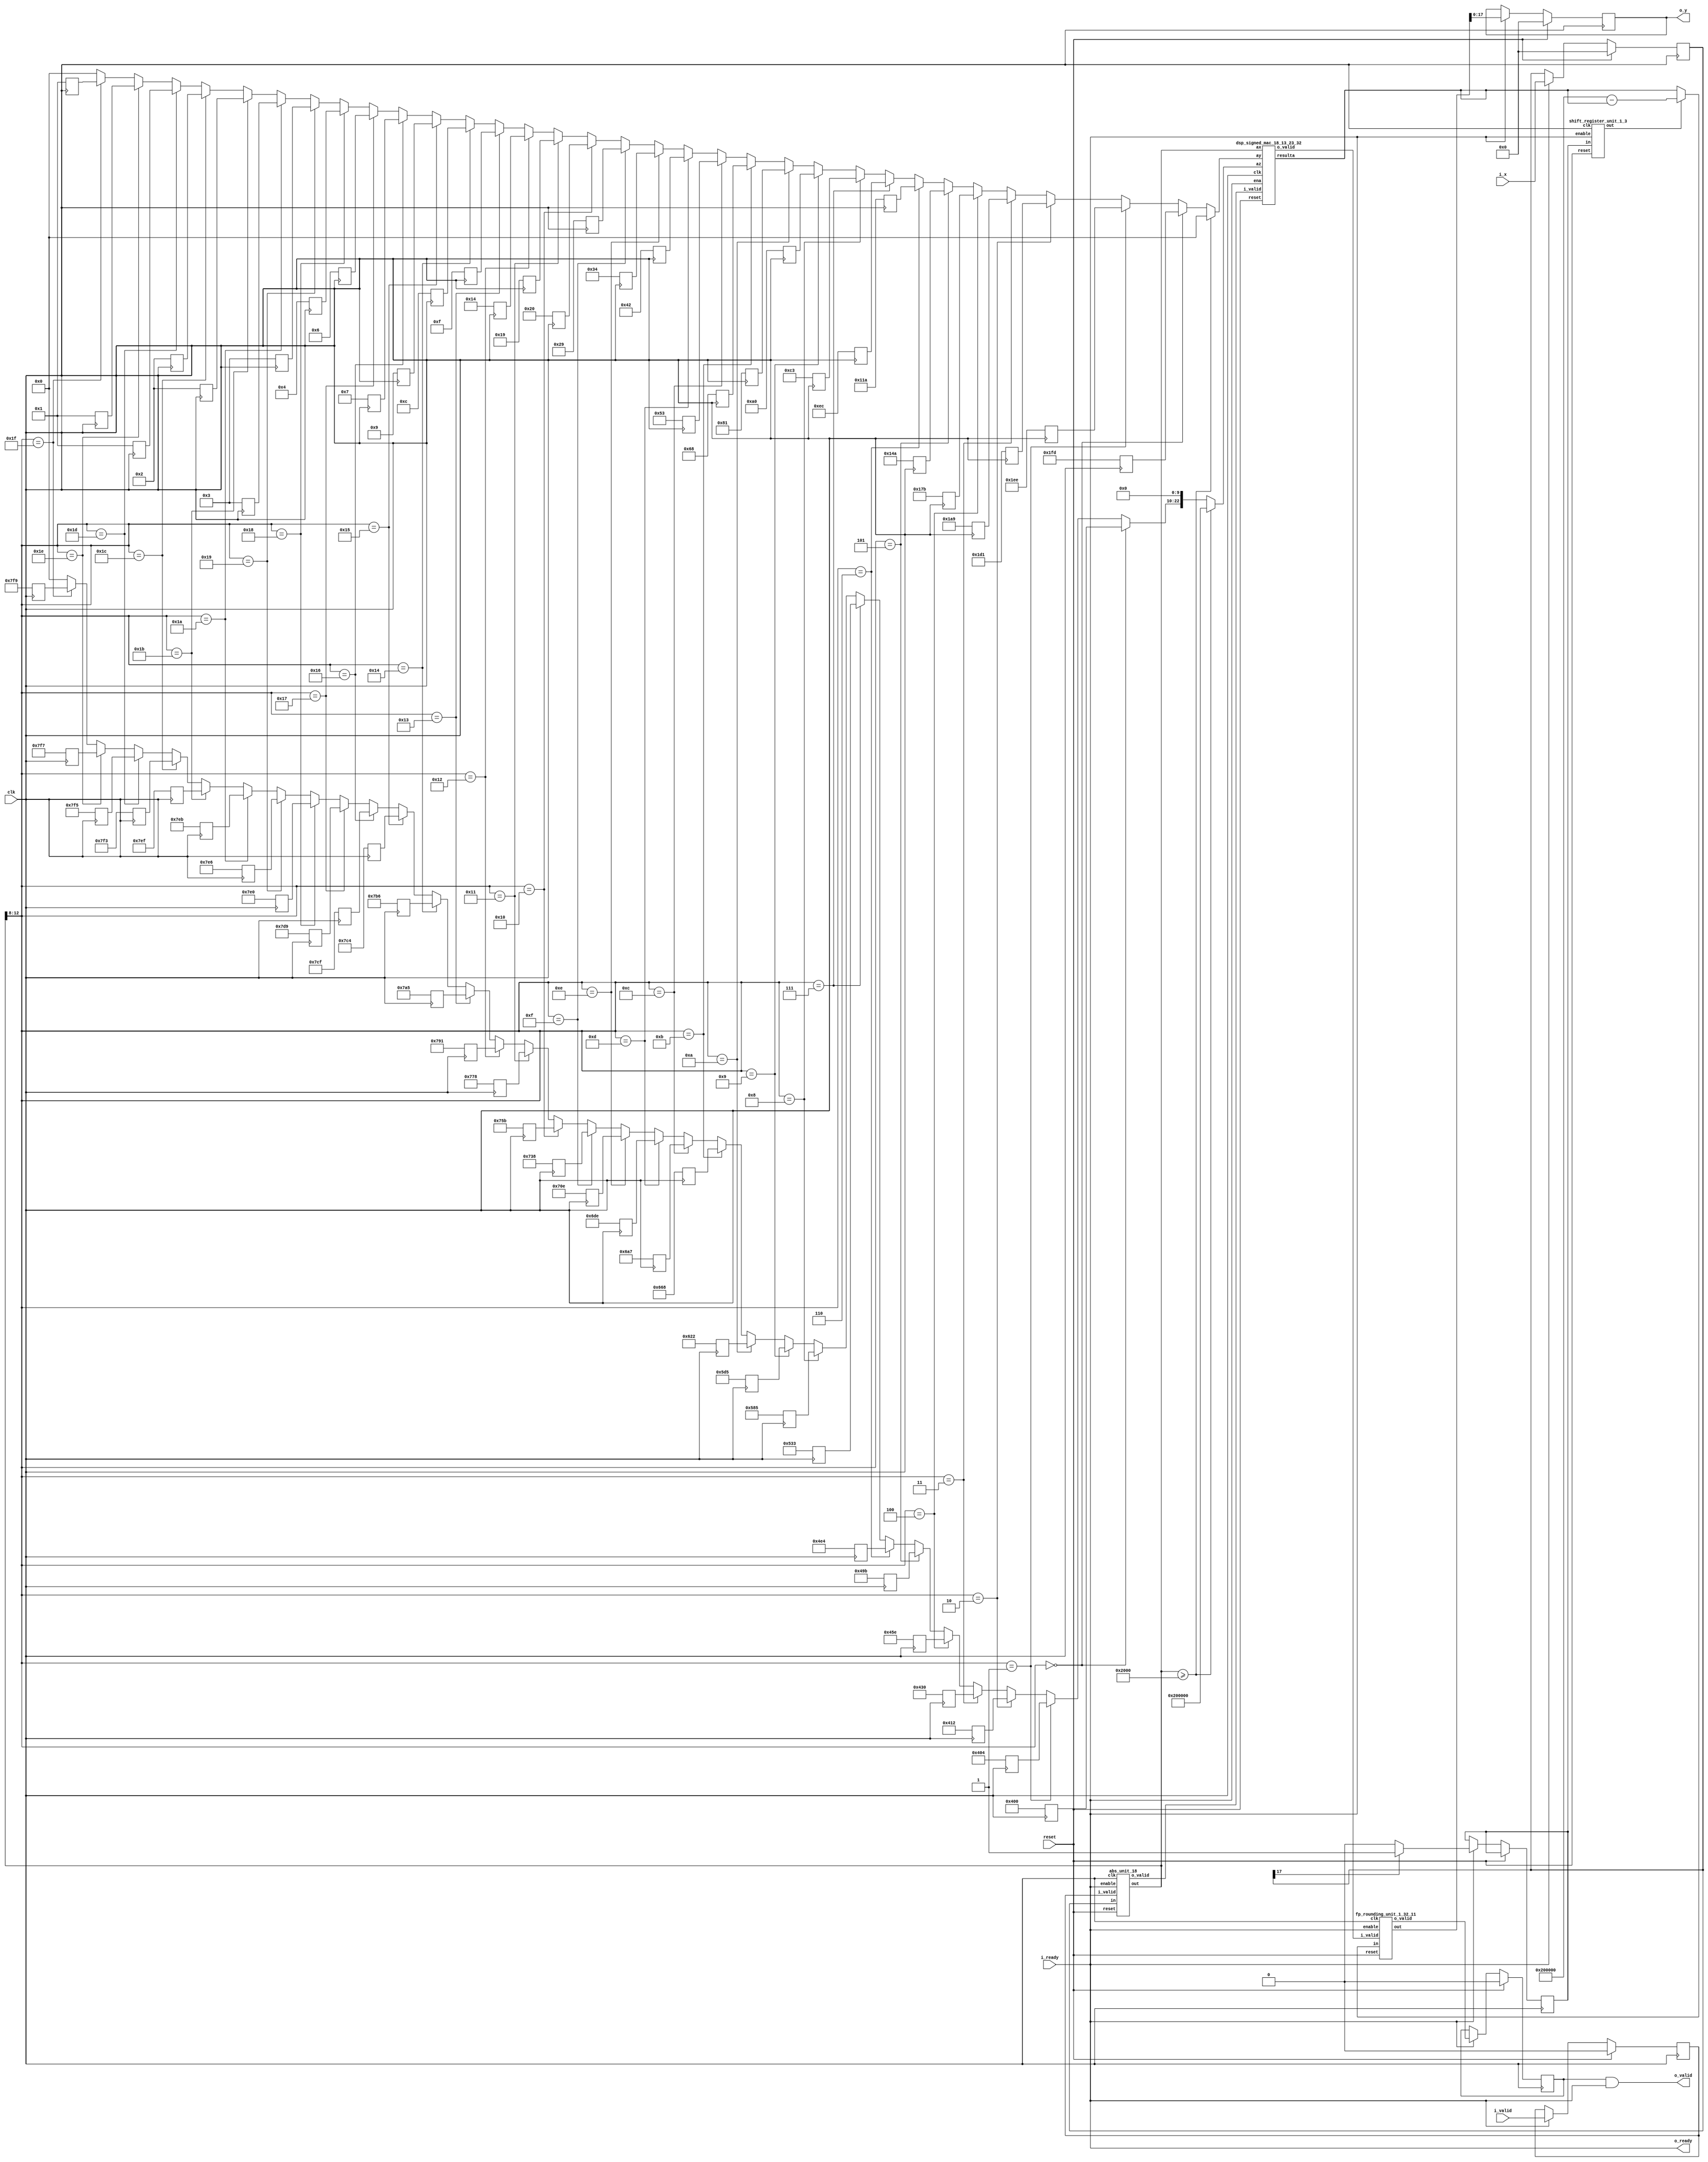
`define SIMULATION_MEMORY

module sigmoid_core_18_18_10_32_1 ( 
	input clk,
	input reset,
	input i_valid,
	input i_ready,
	output o_ready,
	output o_valid,
	input [17:0] i_x,
	output [17:0] o_y
);

reg [12:0] k_list_0;
reg [12:0] b_list_0;
reg [12:0] k_list_1;
reg [12:0] b_list_1;
reg [12:0] k_list_2;
reg [12:0] b_list_2;
reg [12:0] k_list_3;
reg [12:0] b_list_3;
reg [12:0] k_list_4;
reg [12:0] b_list_4;
reg [12:0] k_list_5;
reg [12:0] b_list_5;
reg [12:0] k_list_6;
reg [12:0] b_list_6;
reg [12:0] k_list_7;
reg [12:0] b_list_7;
reg [12:0] k_list_8;
reg [12:0] b_list_8;
reg [12:0] k_list_9;
reg [12:0] b_list_9;
reg [12:0] k_list_10;
reg [12:0] b_list_10;
reg [12:0] k_list_11;
reg [12:0] b_list_11;
reg [12:0] k_list_12;
reg [12:0] b_list_12;
reg [12:0] k_list_13;
reg [12:0] b_list_13;
reg [12:0] k_list_14;
reg [12:0] b_list_14;
reg [12:0] k_list_15;
reg [12:0] b_list_15;
reg [12:0] k_list_16;
reg [12:0] b_list_16;
reg [12:0] k_list_17;
reg [12:0] b_list_17;
reg [12:0] k_list_18;
reg [12:0] b_list_18;
reg [12:0] k_list_19;
reg [12:0] b_list_19;
reg [12:0] k_list_20;
reg [12:0] b_list_20;
reg [12:0] k_list_21;
reg [12:0] b_list_21;
reg [12:0] k_list_22;
reg [12:0] b_list_22;
reg [12:0] k_list_23;
reg [12:0] b_list_23;
reg [12:0] k_list_24;
reg [12:0] b_list_24;
reg [12:0] k_list_25;
reg [12:0] b_list_25;
reg [12:0] k_list_26;
reg [12:0] b_list_26;
reg [12:0] k_list_27;
reg [12:0] b_list_27;
reg [12:0] k_list_28;
reg [12:0] b_list_28;
reg [12:0] k_list_29;
reg [12:0] b_list_29;
reg [12:0] k_list_30;
reg [12:0] b_list_30;
reg [12:0] k_list_31;
reg [12:0] b_list_31;

always @ (posedge clk) begin
	k_list_0  <= 13'b0000111111101;
	k_list_1  <= 13'b0000111101110;
	k_list_2  <= 13'b0000111010001;
	k_list_3  <= 13'b0000110101001;
	k_list_4  <= 13'b0000101111011;
	k_list_5  <= 13'b0000101001010;
	k_list_6  <= 13'b0000100011010;
	k_list_7  <= 13'b0000011101100;
	k_list_8  <= 13'b0000011000011;
	k_list_9  <= 13'b0000010100000;
	k_list_10 <= 13'b0000010000001;
	k_list_11 <= 13'b0000001101000;
	k_list_12 <= 13'b0000001010011;
	k_list_13 <= 13'b0000001000010;
	k_list_14 <= 13'b0000000110100;
	k_list_15 <= 13'b0000000101001;
	k_list_16 <= 13'b0000000100000;
	k_list_17 <= 13'b0000000011001;
	k_list_18 <= 13'b0000000010100;
	k_list_19 <= 13'b0000000001111;
	k_list_20 <= 13'b0000000001100;
	k_list_21 <= 13'b0000000001001;
	k_list_22 <= 13'b0000000000111;
	k_list_23 <= 13'b0000000000110;
	k_list_24 <= 13'b0000000000100;
	k_list_25 <= 13'b0000000000011;
	k_list_26 <= 13'b0000000000011;
	k_list_27 <= 13'b0000000000010;
	k_list_28 <= 13'b0000000000010;
	k_list_29 <= 13'b0000000000001;
	k_list_30 <= 13'b0000000000001;
	k_list_31 <= 13'b0000000000001;
	b_list_0  <= 13'b0010000000000;
	b_list_1  <= 13'b0010000000100;
	b_list_2  <= 13'b0010000010010;
	b_list_3  <= 13'b0010000110000;
	b_list_4  <= 13'b0010001011110;
	b_list_5  <= 13'b0010010011011;
	b_list_6  <= 13'b0010011100100;
	b_list_7  <= 13'b0010100110011;
	b_list_8  <= 13'b0010110000101;
	b_list_9  <= 13'b0010111010101;
	b_list_10 <= 13'b0011000100010;
	b_list_11 <= 13'b0011001101000;
	b_list_12 <= 13'b0011010100111;
	b_list_13 <= 13'b0011011011110;
	b_list_14 <= 13'b0011100001110;
	b_list_15 <= 13'b0011100111000;
	b_list_16 <= 13'b0011101011011;
	b_list_17 <= 13'b0011101111000;
	b_list_18 <= 13'b0011110010001;
	b_list_19 <= 13'b0011110100101;
	b_list_20 <= 13'b0011110110110;
	b_list_21 <= 13'b0011111000100;
	b_list_22 <= 13'b0011111001111;
	b_list_23 <= 13'b0011111011001;
	b_list_24 <= 13'b0011111100000;
	b_list_25 <= 13'b0011111100110;
	b_list_26 <= 13'b0011111101011;
	b_list_27 <= 13'b0011111101111;
	b_list_28 <= 13'b0011111110011;
	b_list_29 <= 13'b0011111110101;
	b_list_30 <= 13'b0011111110111;
	b_list_31 <= 13'b0011111111001;
end
reg [17:0] x;
reg [17:0] y;
reg valid_x, valid_y, enable;
wire [4:0] sel_k_b;

wire abs_valid, round_valid, mult_valid, compute_valid;
reg use_boundary_value;
reg [12:0] mac_ay;
reg [22:0] mac_az;
reg is_x_negative;
wire is_x_negative_hold;
wire [17:0] abs_x;
wire [17:0] x_partial;
reg [31:0] y_compute;
wire [31:0] x_k_plus_b;
wire [31:0] y_rounded;

assign x_partial = (abs_x >> 8);
assign sel_k_b = x_partial [4:0];

reg [12:0] selected_k, selected_b;
always @ (*) begin
	if (sel_k_b == 0) begin
		selected_k <= k_list_0;
		selected_b <= b_list_0;
	end else if (sel_k_b == 1) begin
		selected_k <= k_list_1;
		selected_b <= b_list_1;
	end else if (sel_k_b == 2) begin
		selected_k <= k_list_2;
		selected_b <= b_list_2;
	end else if (sel_k_b == 3) begin
		selected_k <= k_list_3;
		selected_b <= b_list_3;
	end else if (sel_k_b == 4) begin
		selected_k <= k_list_4;
		selected_b <= b_list_4;
	end else if (sel_k_b == 5) begin
		selected_k <= k_list_5;
		selected_b <= b_list_5;
	end else if (sel_k_b == 6) begin
		selected_k <= k_list_6;
		selected_b <= b_list_6;
	end else if (sel_k_b == 7) begin
		selected_k <= k_list_7;
		selected_b <= b_list_7;
	end else if (sel_k_b == 8) begin
		selected_k <= k_list_8;
		selected_b <= b_list_8;
	end else if (sel_k_b == 9) begin
		selected_k <= k_list_9;
		selected_b <= b_list_9;
	end else if (sel_k_b == 10) begin
		selected_k <= k_list_10;
		selected_b <= b_list_10;
	end else if (sel_k_b == 11) begin
		selected_k <= k_list_11;
		selected_b <= b_list_11;
	end else if (sel_k_b == 12) begin
		selected_k <= k_list_12;
		selected_b <= b_list_12;
	end else if (sel_k_b == 13) begin
		selected_k <= k_list_13;
		selected_b <= b_list_13;
	end else if (sel_k_b == 14) begin
		selected_k <= k_list_14;
		selected_b <= b_list_14;
	end else if (sel_k_b == 15) begin
		selected_k <= k_list_15;
		selected_b <= b_list_15;
	end else if (sel_k_b == 16) begin
		selected_k <= k_list_16;
		selected_b <= b_list_16;
	end else if (sel_k_b == 17) begin
		selected_k <= k_list_17;
		selected_b <= b_list_17;
	end else if (sel_k_b == 18) begin
		selected_k <= k_list_18;
		selected_b <= b_list_18;
	end else if (sel_k_b == 19) begin
		selected_k <= k_list_19;
		selected_b <= b_list_19;
	end else if (sel_k_b == 20) begin
		selected_k <= k_list_20;
		selected_b <= b_list_20;
	end else if (sel_k_b == 21) begin
		selected_k <= k_list_21;
		selected_b <= b_list_21;
	end else if (sel_k_b == 22) begin
		selected_k <= k_list_22;
		selected_b <= b_list_22;
	end else if (sel_k_b == 23) begin
		selected_k <= k_list_23;
		selected_b <= b_list_23;
	end else if (sel_k_b == 24) begin
		selected_k <= k_list_24;
		selected_b <= b_list_24;
	end else if (sel_k_b == 25) begin
		selected_k <= k_list_25;
		selected_b <= b_list_25;
	end else if (sel_k_b == 26) begin
		selected_k <= k_list_26;
		selected_b <= b_list_26;
	end else if (sel_k_b == 27) begin
		selected_k <= k_list_27;
		selected_b <= b_list_27;
	end else if (sel_k_b == 28) begin
		selected_k <= k_list_28;
		selected_b <= b_list_28;
	end else if (sel_k_b == 29) begin
		selected_k <= k_list_29;
		selected_b <= b_list_29;
	end else if (sel_k_b == 30) begin
		selected_k <= k_list_30;
		selected_b <= b_list_30;
	end else if (sel_k_b == 31) begin
		selected_k <= k_list_31;
		selected_b <= b_list_31;
	end else begin
		selected_k <= 0;
		selected_b <= 0;
	end
end
always @ (*) begin
	if (abs_x >= 8192) begin
		use_boundary_value <= 1'b1;
		mac_ay <= 0;
		mac_az <= 2097152;
	end else begin
		use_boundary_value <= 1'b0;
		mac_ay <= selected_k;
		mac_az <= (selected_b << 10);
	end
end
dsp_signed_mac_18_13_23_32 dsp_signed_mac_18_13_23_32_inst (
	.clk(clk),
	.reset(reset),
	.ena(enable),
	.ax(abs_x),
	.ay(mac_ay),
	.az(mac_az),
	.i_valid(abs_valid),
	.o_valid(compute_valid),
	.resulta(x_k_plus_b)
);

shift_register_unit_1_3 shift_register_unit_1_3_inst (
	.clk(clk),
	.reset(reset),
	.enable(enable),
	.in(is_x_negative),
	.out(is_x_negative_hold)
);

abs_unit_18 abs_unit_18_inst (
	.clk(clk),
	.reset(reset),
	.enable(enable),
	.i_valid(valid_x),
	.in(x),
	.o_valid(abs_valid),
	.out(abs_x)
);

fp_rounding_unit_1_32_11 fp_rounding_unit_1_32_11_inst (
	.clk(clk),
	.reset(reset),
	.enable(enable),
	.i_valid(compute_valid),
	.in(y_compute),
	.o_valid(round_valid),
	.out(y_rounded)
);

always @ (*) begin
	if (is_x_negative_hold)
		y_compute = 2097152 - x_k_plus_b;
	else 
		y_compute = x_k_plus_b;
	enable = i_ready;
end
always @ (posedge clk) begin
	if (reset) begin 
		valid_x <= 1'b0;
		valid_y <= 1'b0;
		x <= 0;
		y <= 0;
	end else if (enable) begin 
		valid_x <= i_valid;
		valid_y <= round_valid;
		x <= i_x;
		if (x[17] == 1'b1)
			is_x_negative <= 1'b1;
		else
			is_x_negative <= 1'b0;
		y <= y_rounded[17:0];
	end
end

assign o_y = y;
assign o_ready = i_ready;
assign o_valid = valid_y & i_ready;

endmodule

module abs_unit_18 (
	input clk,
	input reset,
	input enable,
	input i_valid,
	input [17:0] in,
	output o_valid,
	output [17:0] out
);

reg [17:0] abs_result;

always @ (*) begin
	if (in[17] == 1'b1)
		abs_result = -in;
	else 
		abs_result = in;
end

reg valid_reg;
reg [17:0] out_reg;
always @ (posedge clk) begin
	if (reset) begin
		valid_reg <= 1'b0;
		out_reg <= 0;
	end else if (enable) begin
		valid_reg <= i_valid;
		out_reg <= abs_result;
	end
end
assign out = out_reg;
assign o_valid = valid_reg;
endmodule

module dsp_signed_mac_18_13_23_32 (
	input clk,
	input reset,
	input ena,
	input i_valid,
	input [17:0] ax,
	input [12:0] ay,
	input [22:0] az,
	output o_valid,
	output [31:0] resulta
);

reg [17:0] reg_ax;
reg [12:0] reg_ay;
reg [22:0] reg_az;
reg [31:0] reg_res;
always @ (posedge clk) begin
	if (reset) begin
		reg_ax  <= 0;
		reg_ay  <= 0;
		reg_az  <= 0;
		reg_res <= 0;
	end else begin
		reg_ax  <= ax;
		reg_ay  <= ay;
		reg_az  <= az;
		reg_res <= (reg_ax * reg_ay) + reg_az;
	end
end

assign resulta = reg_res;
reg input_valid, result_valid, output_valid;
always @ (posedge clk) begin
	if (reset) begin
		output_valid <= 1'b0;
		input_valid <= 1'b0;
		result_valid <= 1'b0;
	end else if (ena) begin
		input_valid <= i_valid;
		result_valid <= input_valid;
		output_valid <= result_valid;
	end
end
assign o_valid = output_valid;
endmodule

module fp_rounding_unit_1_32_11 (
	input clk,
	input reset,
	input enable,
	input i_valid,
	input [31:0] in,
	output [31:0] out,
	output o_valid
);

reg [31:0] rounded_result;
reg [31:0] floor;
reg [31:0] ceil;
reg is_ceil;
reg floor_ceil_valid;

always @ (*) begin
	if (is_ceil) begin
		rounded_result = ceil;
	end else begin
		rounded_result = floor;
	end
end

reg valid_reg;
reg [31:0] out_reg;
always @ (posedge clk) begin
	if (reset) begin
		is_ceil <= 1'b0;
		floor_ceil_valid <= 1'b0;
		valid_reg <= 1'b0;
		floor <= 0;
		ceil <= 0;
		out_reg <= 0;
	end else if (enable) begin
		is_ceil <= in[10];
		floor <= in >>> 11;
		ceil <= (in >>> 11) + 1;
		floor_ceil_valid <= i_valid;
		out_reg <= rounded_result;
		valid_reg <= floor_ceil_valid;
	end
end

assign o_valid = valid_reg;

assign out = out_reg;

endmodule

module shift_register_unit_1_3 (
	input clk,
	input reset,
	input enable,
	input [0:0] in,
	output [0:0] out
);

reg [0:0] shift_registers_0;
reg [0:0] shift_registers_1;
reg [0:0] shift_registers_2;
always @ (posedge clk) begin
	if (reset) begin
		shift_registers_0 <= 1'd0;
		shift_registers_1 <= 1'd0;
		shift_registers_2 <= 1'd0;
	end else if (enable) begin
		shift_registers_0 <= in;
		shift_registers_1 <= shift_registers_0;
		shift_registers_2 <= shift_registers_1;
	end
end

assign out = shift_registers_2;

endmodule